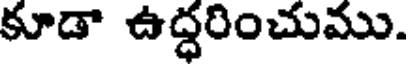
కూడా ఉద్ధరించుము.